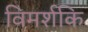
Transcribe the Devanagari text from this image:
विमर्शकि